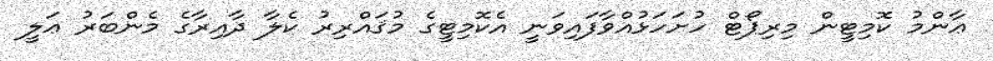
ޢާންމު ކޮމިޓީން މިރިޕޯޓް ހުށަހަޅުއްވާފައިވަނީ އެކޮމިޓީގެ މުޤައްރިރު ކެލާ ދާއިރާގެ މެންބަރު ޢަލީ